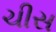
ચીસ